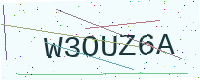
Text: W3OUZ6A